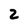
Character: 2